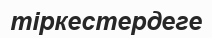
тіркестердеге